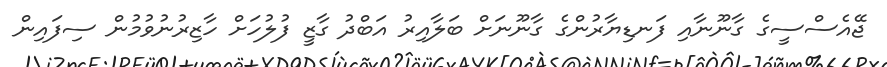
ޖޭއެސްސީގެ ގާނޫނާއި ފަނޑިޔާރުންގެ ގާނޫނަށް ބަލާއިރު އަބްދު ގާޒީ ފުލުހަށް ހާޒިރުނުވުމުން ސިފައިން